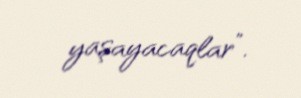
yaşayacaqlar”.